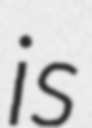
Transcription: is